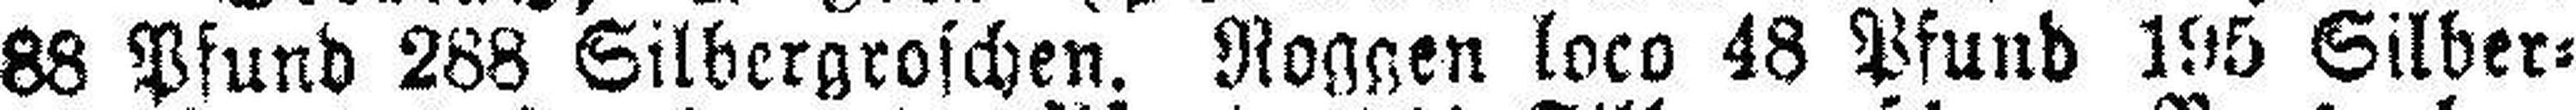
88 Pfund 288 Silbergroschen. Roggen loco 48 Pfund 195 Silber¬